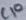
Text: C10